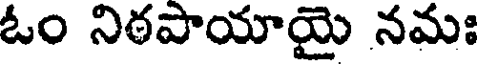
ఓం నిఠపాయాయై నమః